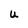
Character: U